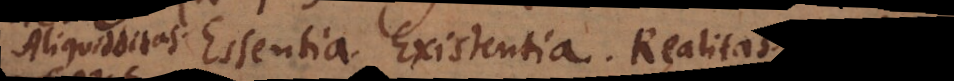
cons Essentia. Existentia. Realitas